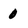
Character: 0